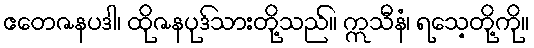
ဧတေဇနပဒါ၊ ထိုဇနပုဒ်သားတို့သည်။ ဣသီနံ၊ ရသေ့တို့ကို။